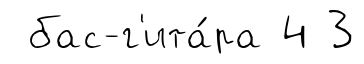
бас-г'ита́ра 4 3